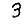
Digit: 3